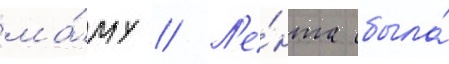
ма́му // Л'е́нта была́